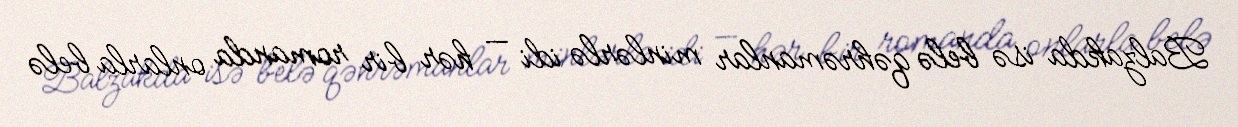
Balzakda isə belə qəhrəmanlar minlərlə idi — hər bir romanda onlarla belə